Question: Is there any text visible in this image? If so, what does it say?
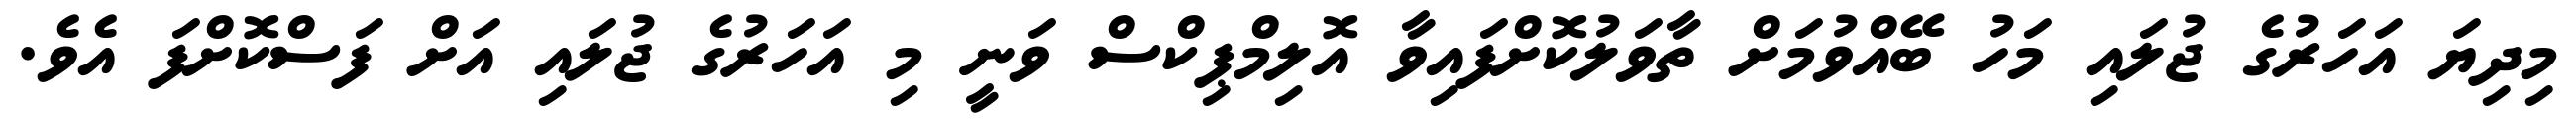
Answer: މިދިޔަ އަހަރުގެ ޖުލައި މަހު ބޭއްވުމަށް ތާވަލުކޮށްފައިވާ އޮލިމްޕިކްސް ވަނީ މި އަހަރުގެ ޖުލައި އަށް ފަސްކޮށްފަ އެވެ.